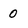
Character: 0